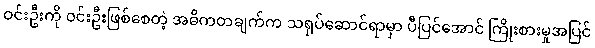
ဝင်းဦးကို ဝင်းဦးဖြစ်စေတဲ့ အဓိကတချက်က သရုပ်ဆောင်ရာမှာ ပီပြင်အောင် ကြိုးစားမှုအပြင်